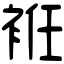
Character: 袵